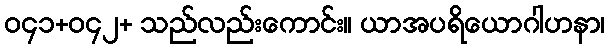
ဝ၄၁+ဝ၄၂+ သည်လည်းကောင်း။ ယာအပရိယောဂါဟနာ၊